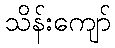
သိန်းကျော်